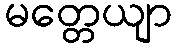
မတ္တေယျာ